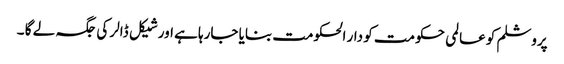
پروشلم کو عالمی حکومت کو دار الحکومت بنایا جارہا ہے اور شیکل ڈالر کی جگہ لے گا ۔